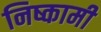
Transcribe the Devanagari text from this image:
निष्कामी